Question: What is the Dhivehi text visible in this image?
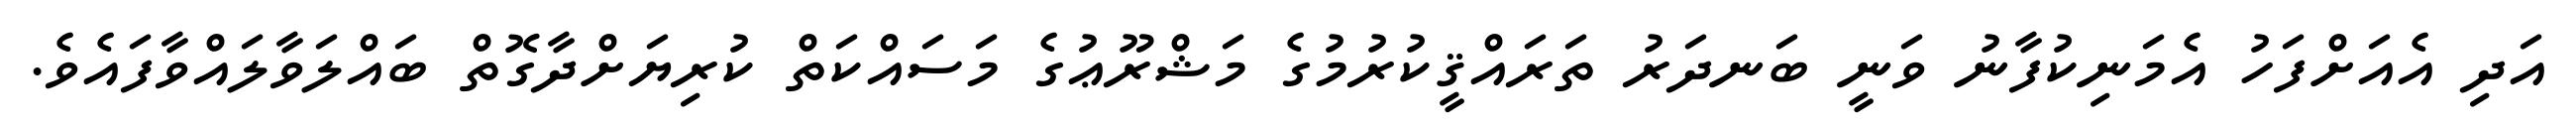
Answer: އަދި އެއަށްފަހު އެމަނިކުފާނު ވަނީ ބަނދަރު ތަރައްޤީކުރުމުގެ މަޝްރޫޢުގެ މަސައްކަތް ކުރިޔަށްދާގޮތް ބައްލަވާލައްވާފައެވެ.